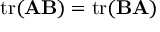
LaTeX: \operatorname { t r } ( \mathbf { A } \mathbf { B } ) = \operatorname { t r } ( \mathbf { B } \mathbf { A } )